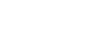
ဝိက္ကေတဗ္ဗံ